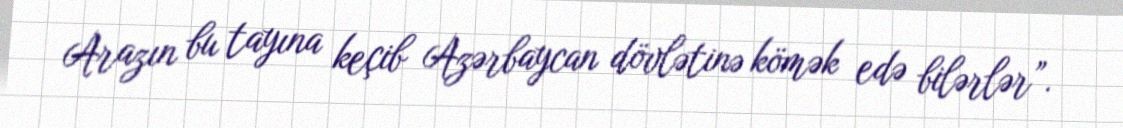
Arazın bu tayına keçib Azərbaycan dövlətinə kömək edə bilərlər”.